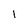
Character: 1